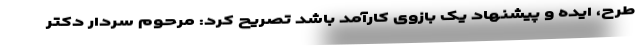
طرح، ایده و پیشنهاد یک بازوی کارآمد باشد تصریح کرد: مرحوم سردار دکتر